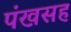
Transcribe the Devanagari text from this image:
पंखसह